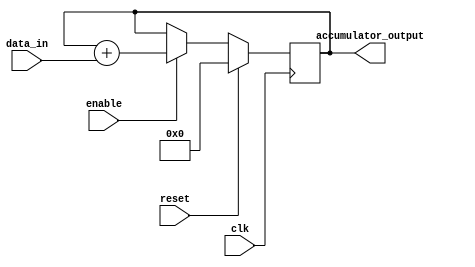
module accumulator (
    input wire clk,
    input wire reset,
    input wire enable,
    input wire [7:0] data_in,
    output reg [15:0] accumulator_output
);

reg [15:0] accumulator_value;

always @(posedge clk) begin
    if (reset) begin
        accumulator_value <= 16'b0;
    end else if (enable) begin
        accumulator_value <= accumulator_value + data_in;
    end
end

assign accumulator_output = accumulator_value;

endmodule